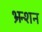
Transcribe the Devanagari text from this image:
भ्रन्शन